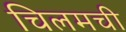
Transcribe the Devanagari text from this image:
चिलमची